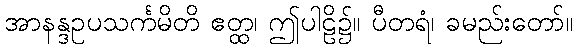
အာနန္ဒဥပသင်္ကမိတိ ဧတ္ထ၊ ဤပါဠိ၌။ ပီတရံ၊ ခမည်းတော်။